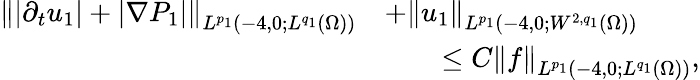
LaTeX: \begin{array}{rl}{\left\lVert|\partial_{t}u_{1}|+|\nabla P_{1}|\right\rVert_{L^{p_{1}}(-4,0;L^{q_{1}}(\Omega))}}&{+\left\lVert u_{1}\right\rVert_{L^{p_{1}}(-4,0;W^{2,q_{1}}(\Omega))}}\\ &{\qquad\le C\left\lVert f\right\rVert_{L^{p_{1}}(-4,0;L^{q_{1}}(\Omega))},}\end{array}